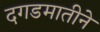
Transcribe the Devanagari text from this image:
दगडमातीने